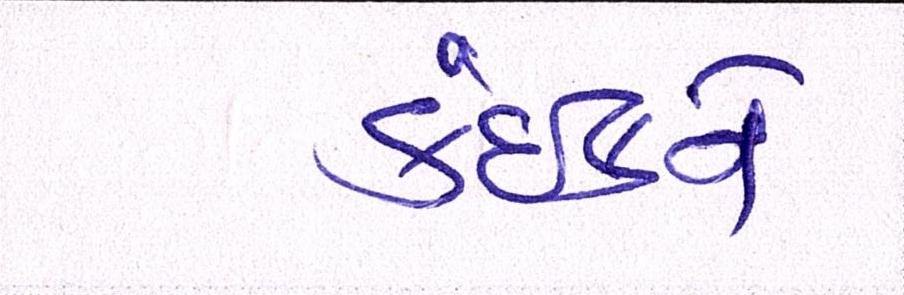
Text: કંઈકને